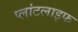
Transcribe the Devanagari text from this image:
प्लांटलाइफ